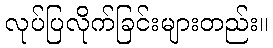
လုပ်ပြလိုက်ခြင်းများတည်း။